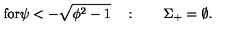
\mathrm { f o r \psi < - \sqrt { \phi ^ 2 - 1 } } \quad : \qquad \Sigma _ { + } = \emptyset .